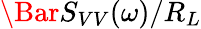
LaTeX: \Bar{S}_{VV}(\omega)/R_{L}